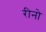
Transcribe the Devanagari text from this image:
रीनो